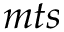
m t s